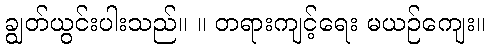
ချွတ်ယွင်းပါးသည်။ ။ တရားကျင့်ရေး မယဉ်ကျေး။